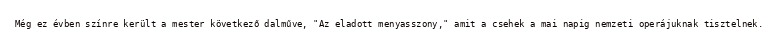
Még ez évben színre került a mester következő dalműve, "Az eladott menyasszony," amit a csehek a mai napig nemzeti operájuknak tisztelnek.